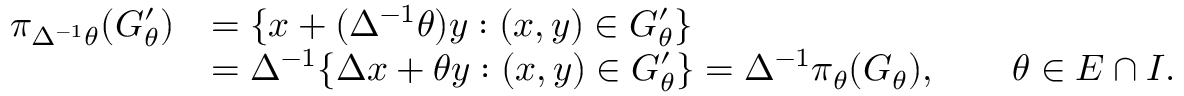
\begin{array} { r l } { \pi _ { \Delta ^ { - 1 } \theta } ( G _ { \theta } ^ { \prime } ) } & { = \{ x + ( \Delta ^ { - 1 } \theta ) y : ( x , y ) \in G _ { \theta } ^ { \prime } \} } \\ & { = \Delta ^ { - 1 } \{ \Delta x + \theta y : ( x , y ) \in G _ { \theta } ^ { \prime } \} = \Delta ^ { - 1 } \pi _ { \theta } ( G _ { \theta } ) , \qquad \theta \in E \cap I . } \end{array}